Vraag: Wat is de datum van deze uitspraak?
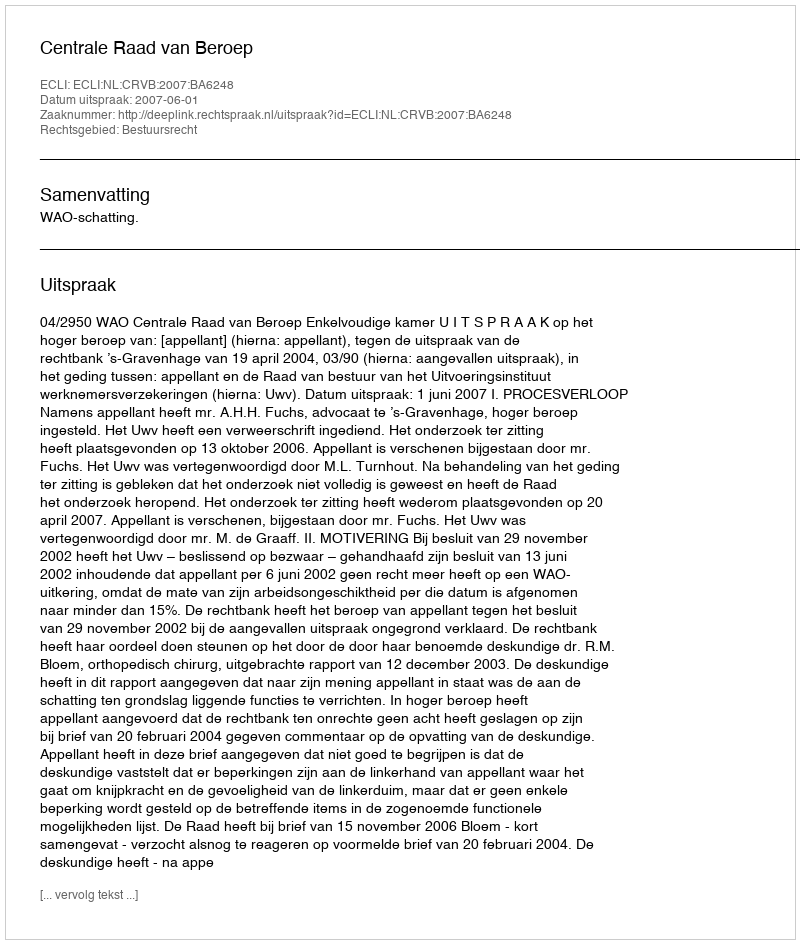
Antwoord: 2007-06-01